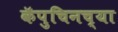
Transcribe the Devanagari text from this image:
कॅपुचिनच्या